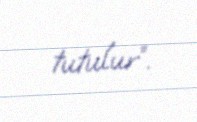
tutulur”.